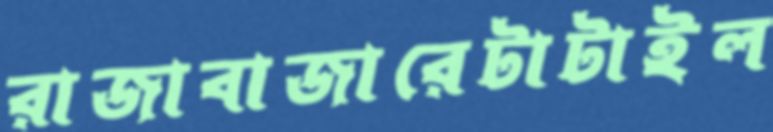
রাজাবাজারেটাটাইল